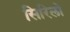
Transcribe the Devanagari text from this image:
सिरिलो